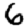
Digit: 6